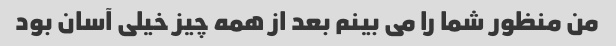
من منظور شما را می بینم بعد از همه چیز خیلی آسان بود